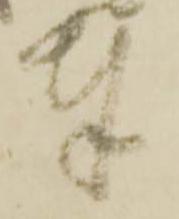
奉